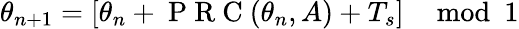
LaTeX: \theta_{n+1}=\left[\theta_{n}+\mathrm{~P~R~C~}(\theta_{n},A)+T_{s}\right]\mod 1